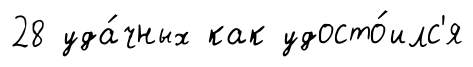
28 уда́чных как удосто́илс'я